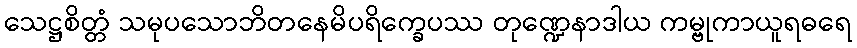
သေဋ္ဌစိတ္တံ သမုပသောဘိတနေမိပရိက္ခေပဿ တုဏ္ဍေနာဒါယ ကမ္ဗုကာယူရဓရေ